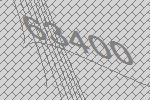
63400